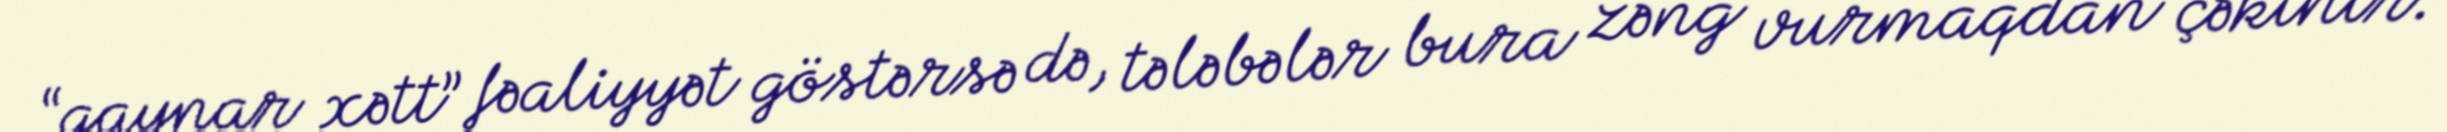
“qaynar xətt” fəaliyyət göstərsə də, tələbələr bura zəng vurmaqdan çəkinir.